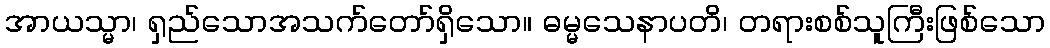
အာယသ္မာ၊ ရှည်သောအသက်တော်ရှိသော။ ဓမ္မသေနာပတိ၊ တရားစစ်သူကြီးဖြစ်သော